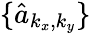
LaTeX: \{ \hat{a}_{k_{x},k_{y}}\}